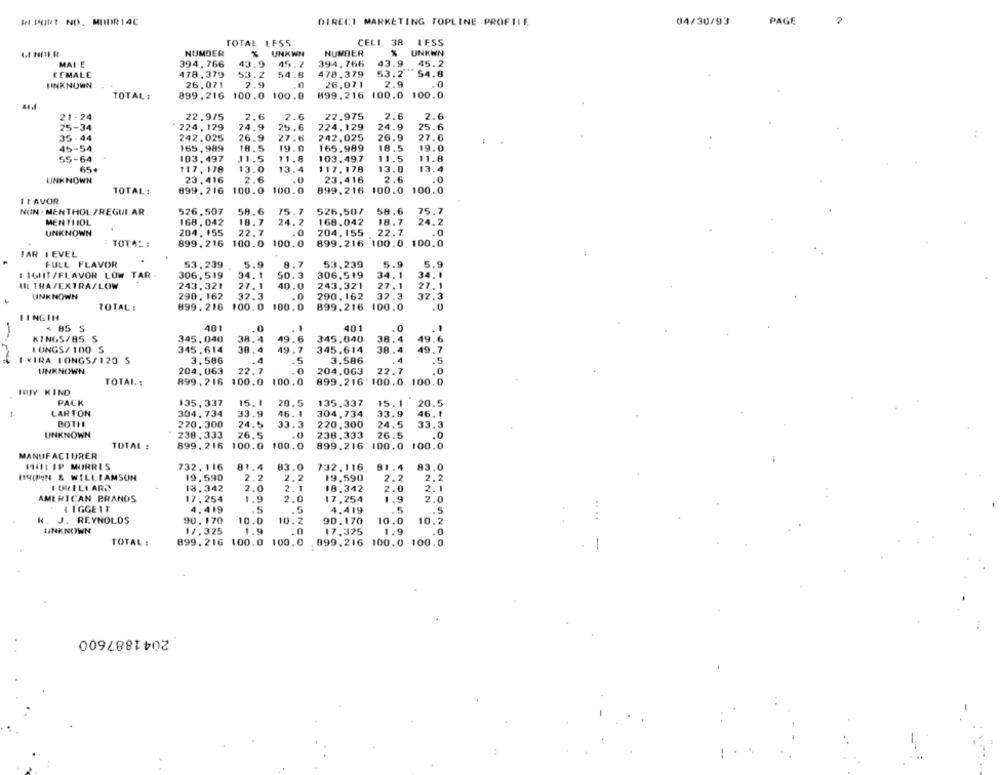
WI PORT NO. MODR14C
DIRECT MARKETING TOPLINE PROFILE
04/30/93
PAGE
TOTAL LESS
CELI. 38
LESS
NUMDER
UNKWH
NUMBER
% UNKWN
MAI E
394,766
43.9
45.7
394.766
43.9 45.2
FEMALE
478,379
53.2
54.8
478.379
53.2"
2 54.8
UNKNOWN
26.071
2.9
26.071
2.9
899.216 100.0 100.0
TOTAL:
899.216 100.0 100.0
21-24
22.9/5
2.6
2.6
22.975
2.6
2.6
25-34
224.129
24.9
25.6
224.129
24.9
25.6
35 -44
242.025
26.9
27.6
242.025
26.9
27.6
45-54
165,989
18.5
19.0
165.989
18.5
19.0
55-64
103. 497
11.5
11.5
103.497
11.5
11.8
65+
117, 178
13.0
13.4
117.178
13.0
13.4
UNKNOWN
23.416
2.6
23.416
2.6
.0
.0
TOTAL:
899. 216 100.0 100.0
899.216 100.0 100.0
FLAVOR
58.6
75.7
526,50/
58.6
75.7
NUN . MENTHOL /REGUI,AR
526.507
MENILIOL
168, 042
18.7
24.2
168.042
18.7
24.2
UNKNOWN
204. 155
22.7
204.155
22.7
.0
: TOTAL :
899. 216
100.0
100.0
899.216 100.0 100.0
TAR IEVEL
FULL FLAVOR
53.239
5.9
8.7
53.239
5.9
5.9
1 16HT /FLAVOR LOW TAR
306,519
34. 1
50.3
306.519
34.1
34. 1
UI TRA/EXTRA/LOW
243.321
27.1
40.0
243.321
27. 1
27.1
290, 162
32.3
290.162
37.3
UNKNOWN
32.3
TOTAL :
899. 216 100.0 100.0
899.216 100.0
.0
IINGIM
401
< 85 S
401
KINGS/85 S
345,040
38.4
6
345.040
38.4
49.6
LUNGS/ 100 S
345.614
30,4
49 .
345.614
38 .4
49.7
I XIRA LONGS/120 S
3.586
3.586
.4
.5
UNKNOWN
204,063
22.7
204.063
22.7
.0
TOTAL:
899, 216
100.0 100.0
899.216:100.0 100.0
HUY KIND
PACK
135,337
15. 1
20.5
135.337
15.1
20.5
33.9
33.9
:
CARTON
304. 734
46.1
304.734
46.1
BOTH
220.300
24.5
33.3
220.300
24.5
33.3
UNKNOWN
238.333
26.5
238.333
26.5
.0
TOTAL :
899. 216
100.0
100.0
899.216 100.0 100.0
MANUFACTURER
PHILIP MORRIS
732. 116
81.4
83.0
732.116
91.4
83,0
BROWN & WILLIAMSUN
19.590
2.2
2.2
19.590
2.2
2.2
18.342
2.0
2.1
18.342
2.0
2.1
AMERICAN BRANDS
17, 254
1.9
2.0
17,254
1.9
2.0
& IGGE1T
4.419
.5
4,419
.5
N. J. REYNOLDS
90.170
10.0
10.2
90.170
10.0
10.2
UNKNOWN
14,325
1.9
.0
17.325
1.9
.0
TOTAL :
899.216 100.0 100.0
099.216 100.0 100.0
2041887600